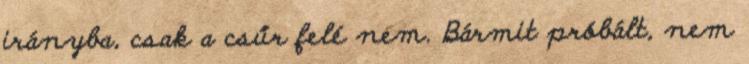
irányba, csak a csűr felé nem. Bármit próbált, nem